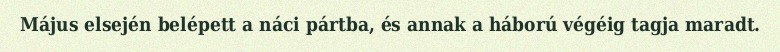
Május elsején belépett a náci pártba, és annak a háború végéig tagja maradt.